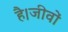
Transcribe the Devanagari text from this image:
है।जीवों